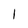
Character: 1